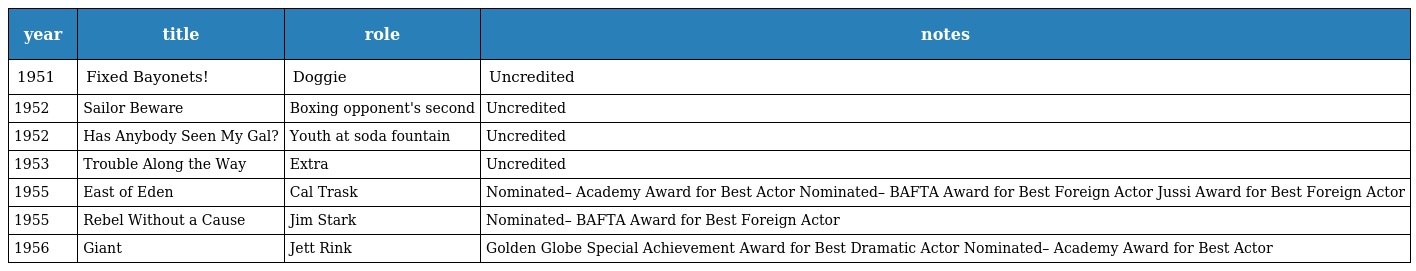
| year | title | role | notes |
 | --- | --- | --- | --- |
 | 1951 | Fixed Bayonets! | Doggie | Uncredited |
 | 1952 | Sailor Beware | Boxing opponent's second | Uncredited |
 | 1952 | Has Anybody Seen My Gal? | Youth at soda fountain | Uncredited |
 | 1953 | Trouble Along the Way | Extra | Uncredited |
 | 1955 | East of Eden | Cal Trask | Nominated– Academy Award for Best Actor Nominated– BAFTA Award for Best Foreign Actor Jussi Award for Best Foreign Actor |
 | 1955 | Rebel Without a Cause | Jim Stark | Nominated– BAFTA Award for Best Foreign Actor |
 | 1956 | Giant | Jett Rink | Golden Globe Special Achievement Award for Best Dramatic Actor Nominated– Academy Award for Best Actor |